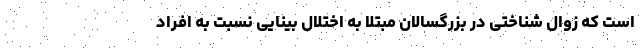
است که زوال شناختی در بزرگسالان مبتلا به اختلال بینایی نسبت به افراد